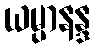
ယမ္ပာနန္ဒ